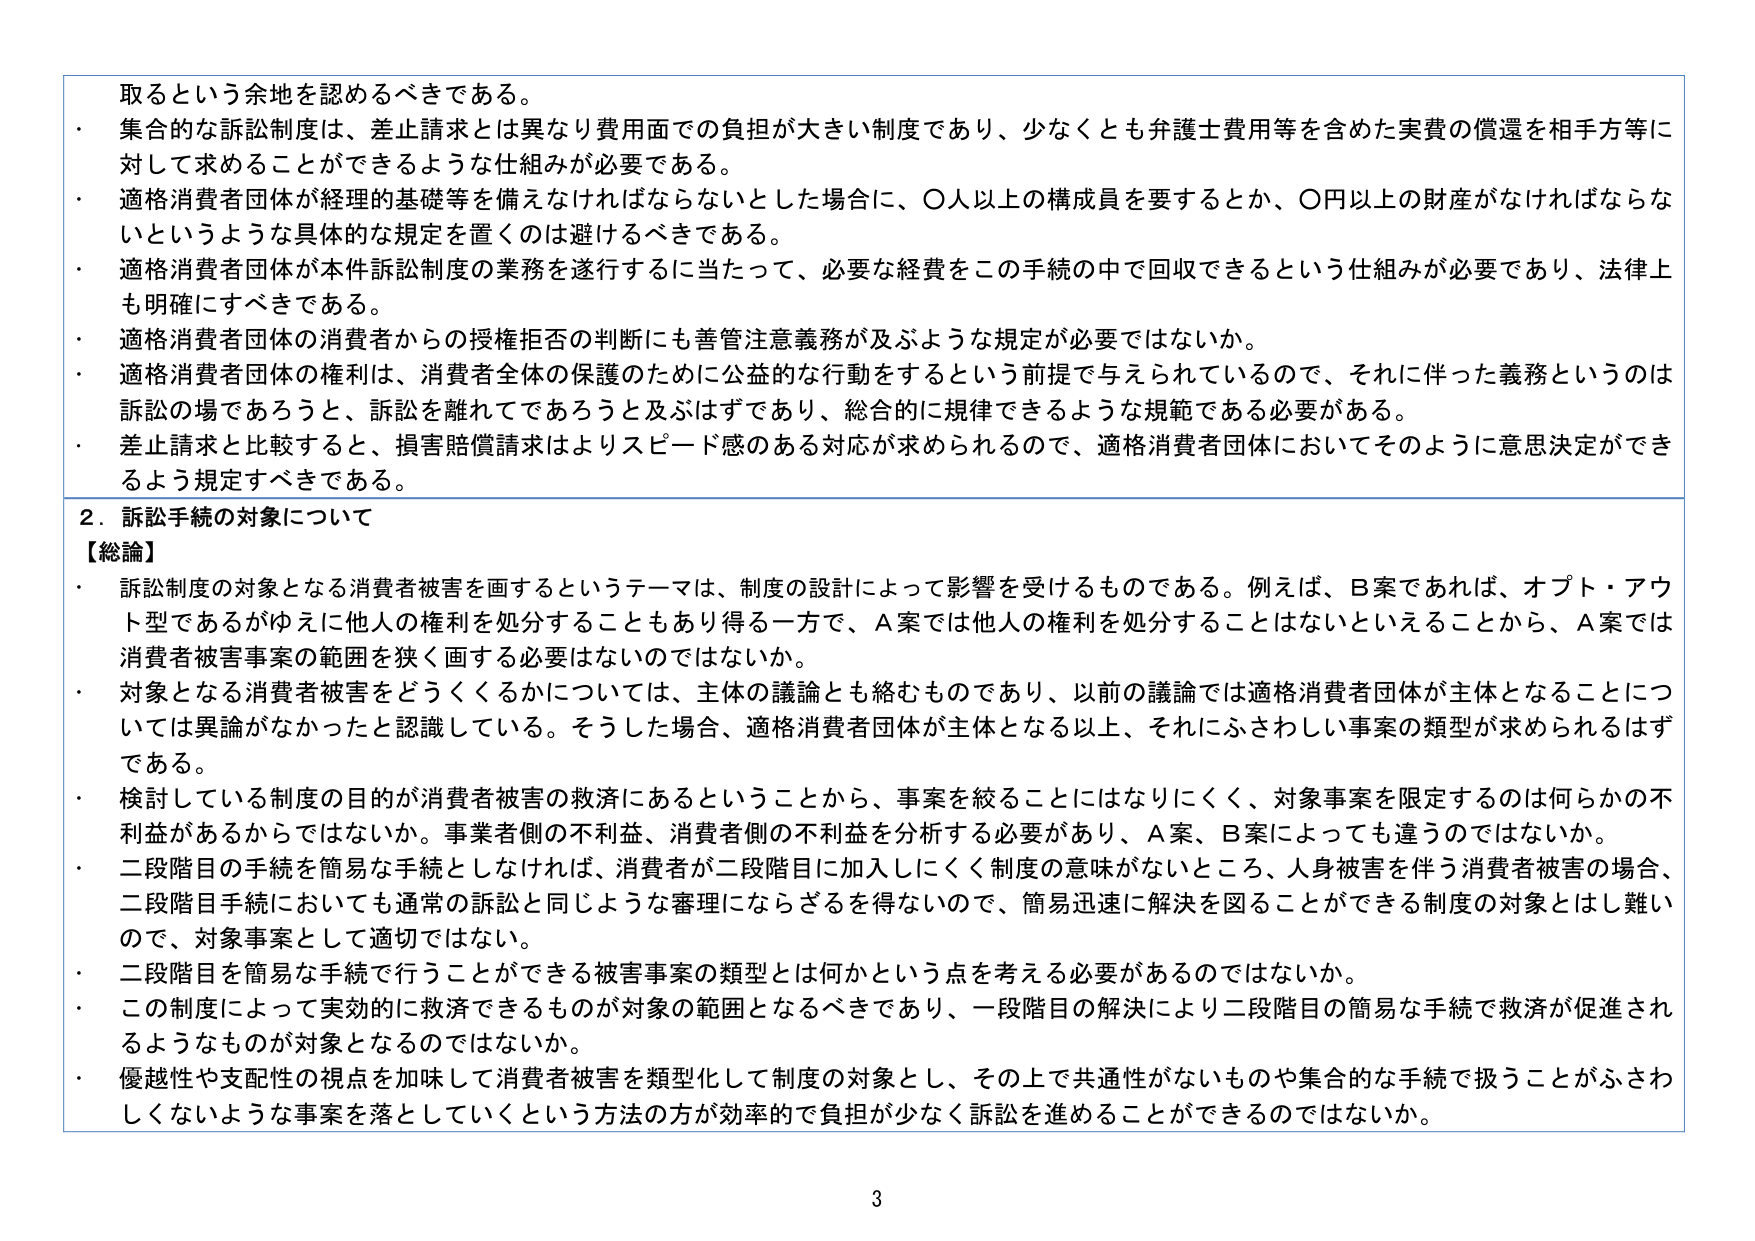
取るという余地を認めるべきである。
・ 集合的な訴訟制度は、差止請求とは異なり費用面での負担が大きい制度であり、少なくとも弁護士費用等を含めた実費の償還を相手方等に対して求めることができるような仕組みが必要である。
・ 適格消費者団体が経理の基礎等を備えなければならないとした場合に、〇人以上の構成員を要するとか、〇円以上の財産がなければならないというような具体的な規定を置くのは避けるべきである。
・ 適格消費者団体が本件訴訟制度の業務を遂行するに当たって、必要な経費をこの手続の中で回収できるという仕組みが必要であり、法律上も明確にすべきである。
・ 適格消費者団体の消費者からの授権拒否の判断にも善管注意義務が及ぶような規定が必要ではないか。
・ 適格消費者団体の権利は、消費者全体の保護のために公益的な行動をするという前提で与えられているので、それに伴った義務というのは訴訟の場であろうと、訴訟を離れてであろうと及ぶはずであり、総合的に規律できるような規範である必要がある。
・ 差止請求と比較すると、損害賠償請求はよりスピード感のある対応が求められるので、適格消費者団体においてそのように意思決定ができるよう規定すべきである。

2．訴訟手続の対象について
【総論】
・ 訴訟制度の対象となる消費者被害を画するというテーマは、制度の設計によって影響を受けるものである。例えば、B案であれば、オプト・アウト型であるがゆえに他人の権利を処分することもあり得る一方で、A案では他人の権利を処分することはないといえることから、A案では消費者被害事案の範囲を狭く画する必要はないのではないか。
・ 対象となる消費者被害をどうくるかについては、主体の議論とも絡むものであり、以前の議論では適格消費者団体が主体となることについては異論がなかったと認識している。そうした場合、適格消費者団体が主体となる以上、それにふさわしい事案の類型が求められるはずである。
・ 検討している制度の目的が消費者被害の救済にあるということから、事案を絞ることにはなりにくく、対象事案を限定するのは何らかの不利益があるからではないか。事業者側の不利益、消費者側の不利益を分析する必要があり、A案、B案によっても違うのではないか。
・ 二段階目の手続を簡易な手続としなければ、消費者が二段階目に加入しにくく制度の意味がないところ、人身被害を伴う消費者被害の場合、二段階目手続においても通常の訴訟と同じような審理にならざるを得ないので、簡易迅速に解決を図ることができる制度の対象とはし難いので、対象事案として適切ではない。
・ 二段階目を簡易な手続で行うことができる被害事案の類型とは何かという点を考える必要があるのではないか。
・ この制度によって実効的に救済できるものが対象の範囲となるべきであり、一段階目の解決により二段階目の簡易な手続で救済が促進されるようなものが対象となるのではないか。
・ 優越性や支配性の視点を加味して消費者被害を類型化して制度の対象とし、その上で共通性がないものや集合的な手続で扱うことがふさわしくないような事案を落としていくという方法の方が効率的で負担が少なく訴訟を進めることが可能ではないか。

3